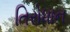
તિરોધાન